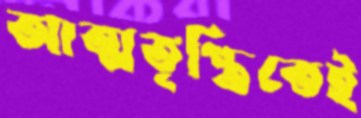
আত্মতৃপ্তিতেই